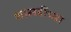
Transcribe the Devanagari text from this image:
शास्स्त्रींच्या